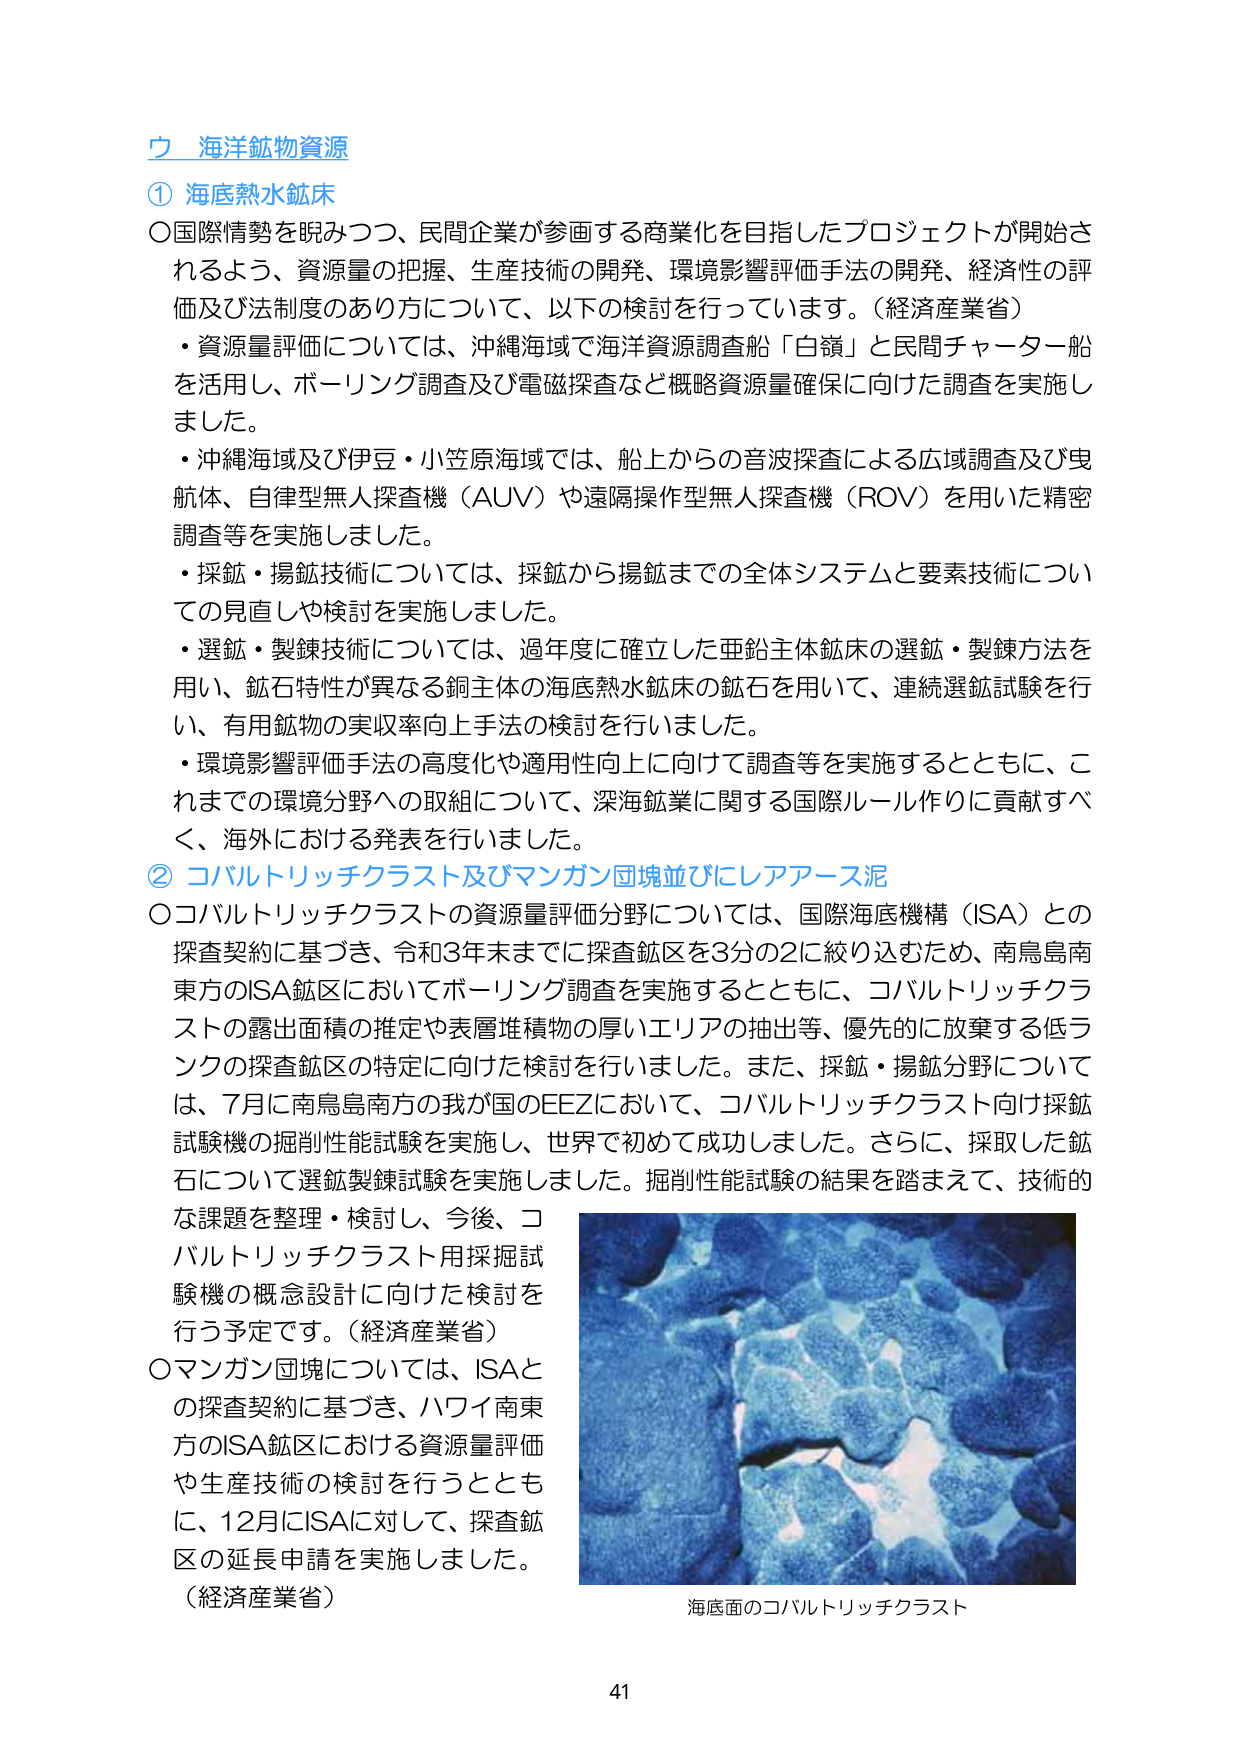
ウ 海洋鉱物資源
① 海底熱水鉱床
○国際情勢を睨みつつ、民間企業が参画する商業化を目指したプロジェクトが開始されるよう、資源量の把握、生産技術の開発、環境影響評価手法の開発、経済性の評価及び法制度のあり方について、以下の検討を行っています。（経済産業省）
・資源量評価については、沖縄海域で海洋資源調査船「白嶺」と民間チャーター船を活用し、ボーリング調査及び電磁探査など概略資源量確保に向けた調査を実施しました。
・沖縄海域及び伊豆・小笠原海域では、船上からの音波探査による広域調査及び曳航体、自律型無人探査機（AUV）や遠隔操作型無人探査機（ROV）を用いた精密調査等を実施しました。
・採鉱・揚鉱技術については、採鉱から揚鉱までの全体システムと要素技術についての見直しや検討を実施しました。
・選鉱・製錬技術については、過年度に確立した亜鉛主体鉱床の選鉱・製錬方法を用い、鉱石特性が異なる銅主体の海底熱水鉱床の鉱石を用いて、連続選鉱試験を行い、有用鉱物の実収率向上手法の検討を行いました。
・環境影響評価手法の高度化や適用性向上に向けて調査等を実施するとともに、これまでの環境分野への取組について、深海鉱業に関する国際ルール作りに貢献すべく、海外における発表を行いました。

② コバルトリッチクラスト及びマンガン団塊並びにレアアース泥
○コバルトリッチクラストの資源量評価分野については、国際海底機構（ISA）との探査契約に基づき、令和3年末までに探査鉱区を3分の2に絞り込むため、南鳥島南東方のISA鉱区においてボーリング調査を実施するとともに、コバルトリッチクラストの露出面積の推定や表層堆積物の厚いエリアの抽出等、優先的に放棄する低ランクの探査鉱区の特定に向けた検討を行いました。また、採鉱・揚鉱分野については、7月に南鳥島南方の我が国のEEZにおいて、コバルトリッチクラスト向け採鉱試験機の掘削性能試験を実施し、世界で初めて成功しました。さらに、採取した鉱石について選鉱製錬試験を実施しました。掘削性能試験の結果を踏まえて、技術的な課題を整理・検討し、今後、コバルトリッチクラスト用採掘試験機の概念設計に向けた検討を行う予定です。（経済産業省）
○マンガン団塊については、ISAとの探査契約に基づき、ハワイ南東方のISA鉱区における資源量評価や生産技術の検討を行うとともに、12月にISAに対して、探査鉱区の延長申請を実施しました。（経済産業省）

海底面のコバルトリッチクラスト
41